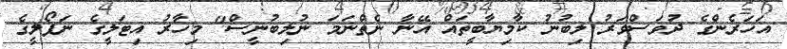
އަހަރެންގެ ދުވަސްވަރު ލިބުނު ކާމިޔާބީތައް އޭނާ ނެތްނަމަ ނުލިބުނީސް" މިހާރު އިޓަލީގެ ނަޕޯލީގެ